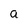
Character: a